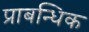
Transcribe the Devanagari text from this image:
प्राबन्धिक